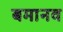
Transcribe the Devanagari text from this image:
बमानव